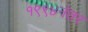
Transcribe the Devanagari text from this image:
१९९४नंतर